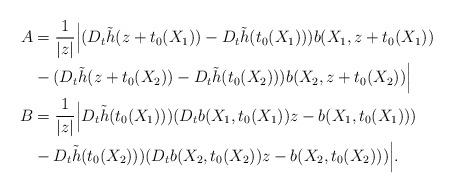
LaTeX: \begin{align*}A &= \frac{1}{|z|}\Big| ( D_t \tilde h(z+t_0(X_1)) - D_t \tilde h(t_0(X_1))) b(X_1,z+t_0(X_1)) \\& - ( D_t \tilde h(z+t_0(X_2)) - D_t \tilde h(t_0(X_2))) b(X_2,z+t_0(X_2)) \Big|\\B&= \frac{1}{|z|}\Big| D_t \tilde h(t_0(X_1))) ( D_t b(X_1,t_0(X_1)) z-b(X_1,t_0(X_1))) \\&-D_t \tilde h(t_0(X_2))) ( D_t b(X_2,t_0(X_2)) z-b(X_2,t_0(X_2))) \Big| .\end{align*}